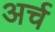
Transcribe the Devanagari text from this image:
अर्च